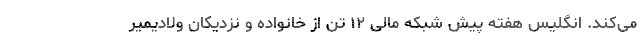
می‌کند. انگلیس هفته پیش شبکه مالی ۱۲ تن از خانواده و نزدیکان ولادیمیر